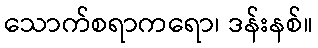
သောက်စရာကရော၊ ဒန်းနစ်။